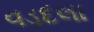
વડદલા